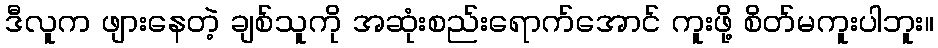
ဒီလူက ဖျားနေတဲ့ ချစ်သူကို အဆုံးစည်းရောက်အောင် ကူးဖို့ စိတ်မကူးပါဘူး။